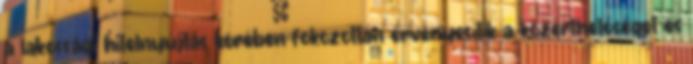
a lakossági hitelnyújtás körében fokozottan érvényesítik a közérthetőséget és